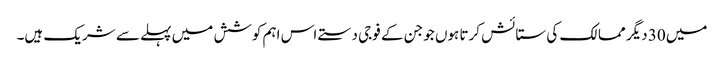
میں 30 دیگر ممالک کی ستائش کرتا ہوں جو جن کے فوجی دستے اس اہم کوشش میں پہلے سے شریک ہیں۔